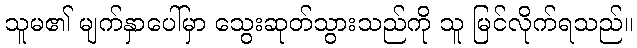
သူမ၏ မျက်နှာပေါ်မှာ သွေးဆုတ်သွားသည်ကို သူ မြင်လိုက်ရသည်။